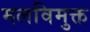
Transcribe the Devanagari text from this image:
मलविमुक्त